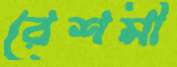
রেশমী